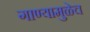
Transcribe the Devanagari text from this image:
गाण्यामुळेच